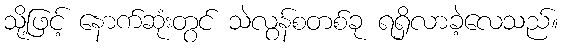
သို့ဖြင့် နောက်ဆုံးတွင် သဲလွန်စတစ်ခု ရရှိလာခဲ့လေသည်။